Scottish Leaving Certificate Examination, 1956
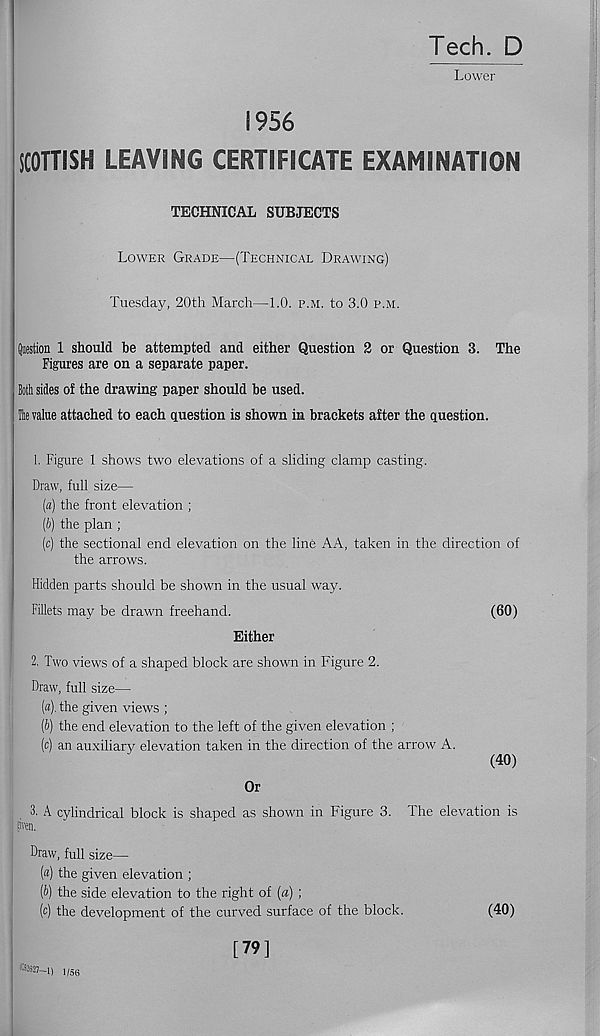
Tech. D
Lower
1956
SCOTTISH LEAVING CERTIFICATE EXAMINATION
TECHNICAL SUBJECTS
Lower Grade—(Technical Drawing)
Tuesday, 20th March—1.0. p.m. to 3.0 p.m.
Question 1 should be attempted and either Question 2 or Question 3. The
Figures are on a separate paper.
Both sides of the drawing paper should be used.
file value attached to each question is shown in brackets after the question.
1. Figure 1 shows two elevations of a sliding clamp casting.
Draw, full size—
(a) the front elevation ;
{b) the plan ;
(c) the sectional end elevation on the line AA, taken in the direction of
the arrows.
Hidden parts should be shown in the usual way.
Fillets may be drawn freehand.
(60)
Either
2. Two views of a shaped block are shown in Figure 2.
Draw, full size—
(a)
, the given views ;
(b) the end elevation to the left of the given elevation ;
(c) an auxiliary elevation taken in the direction of the arrow A.
(40)
Or
3. A cylindrical block is shaped as shown in Figure 3. The elevation is
liven.
Draw, full size—
(a) the given elevation ;
(b) the side elevation to the right of (a) ;
(c) the development of the curved surface of the block.
(40)
[79]
B2 ®-1> 1/56